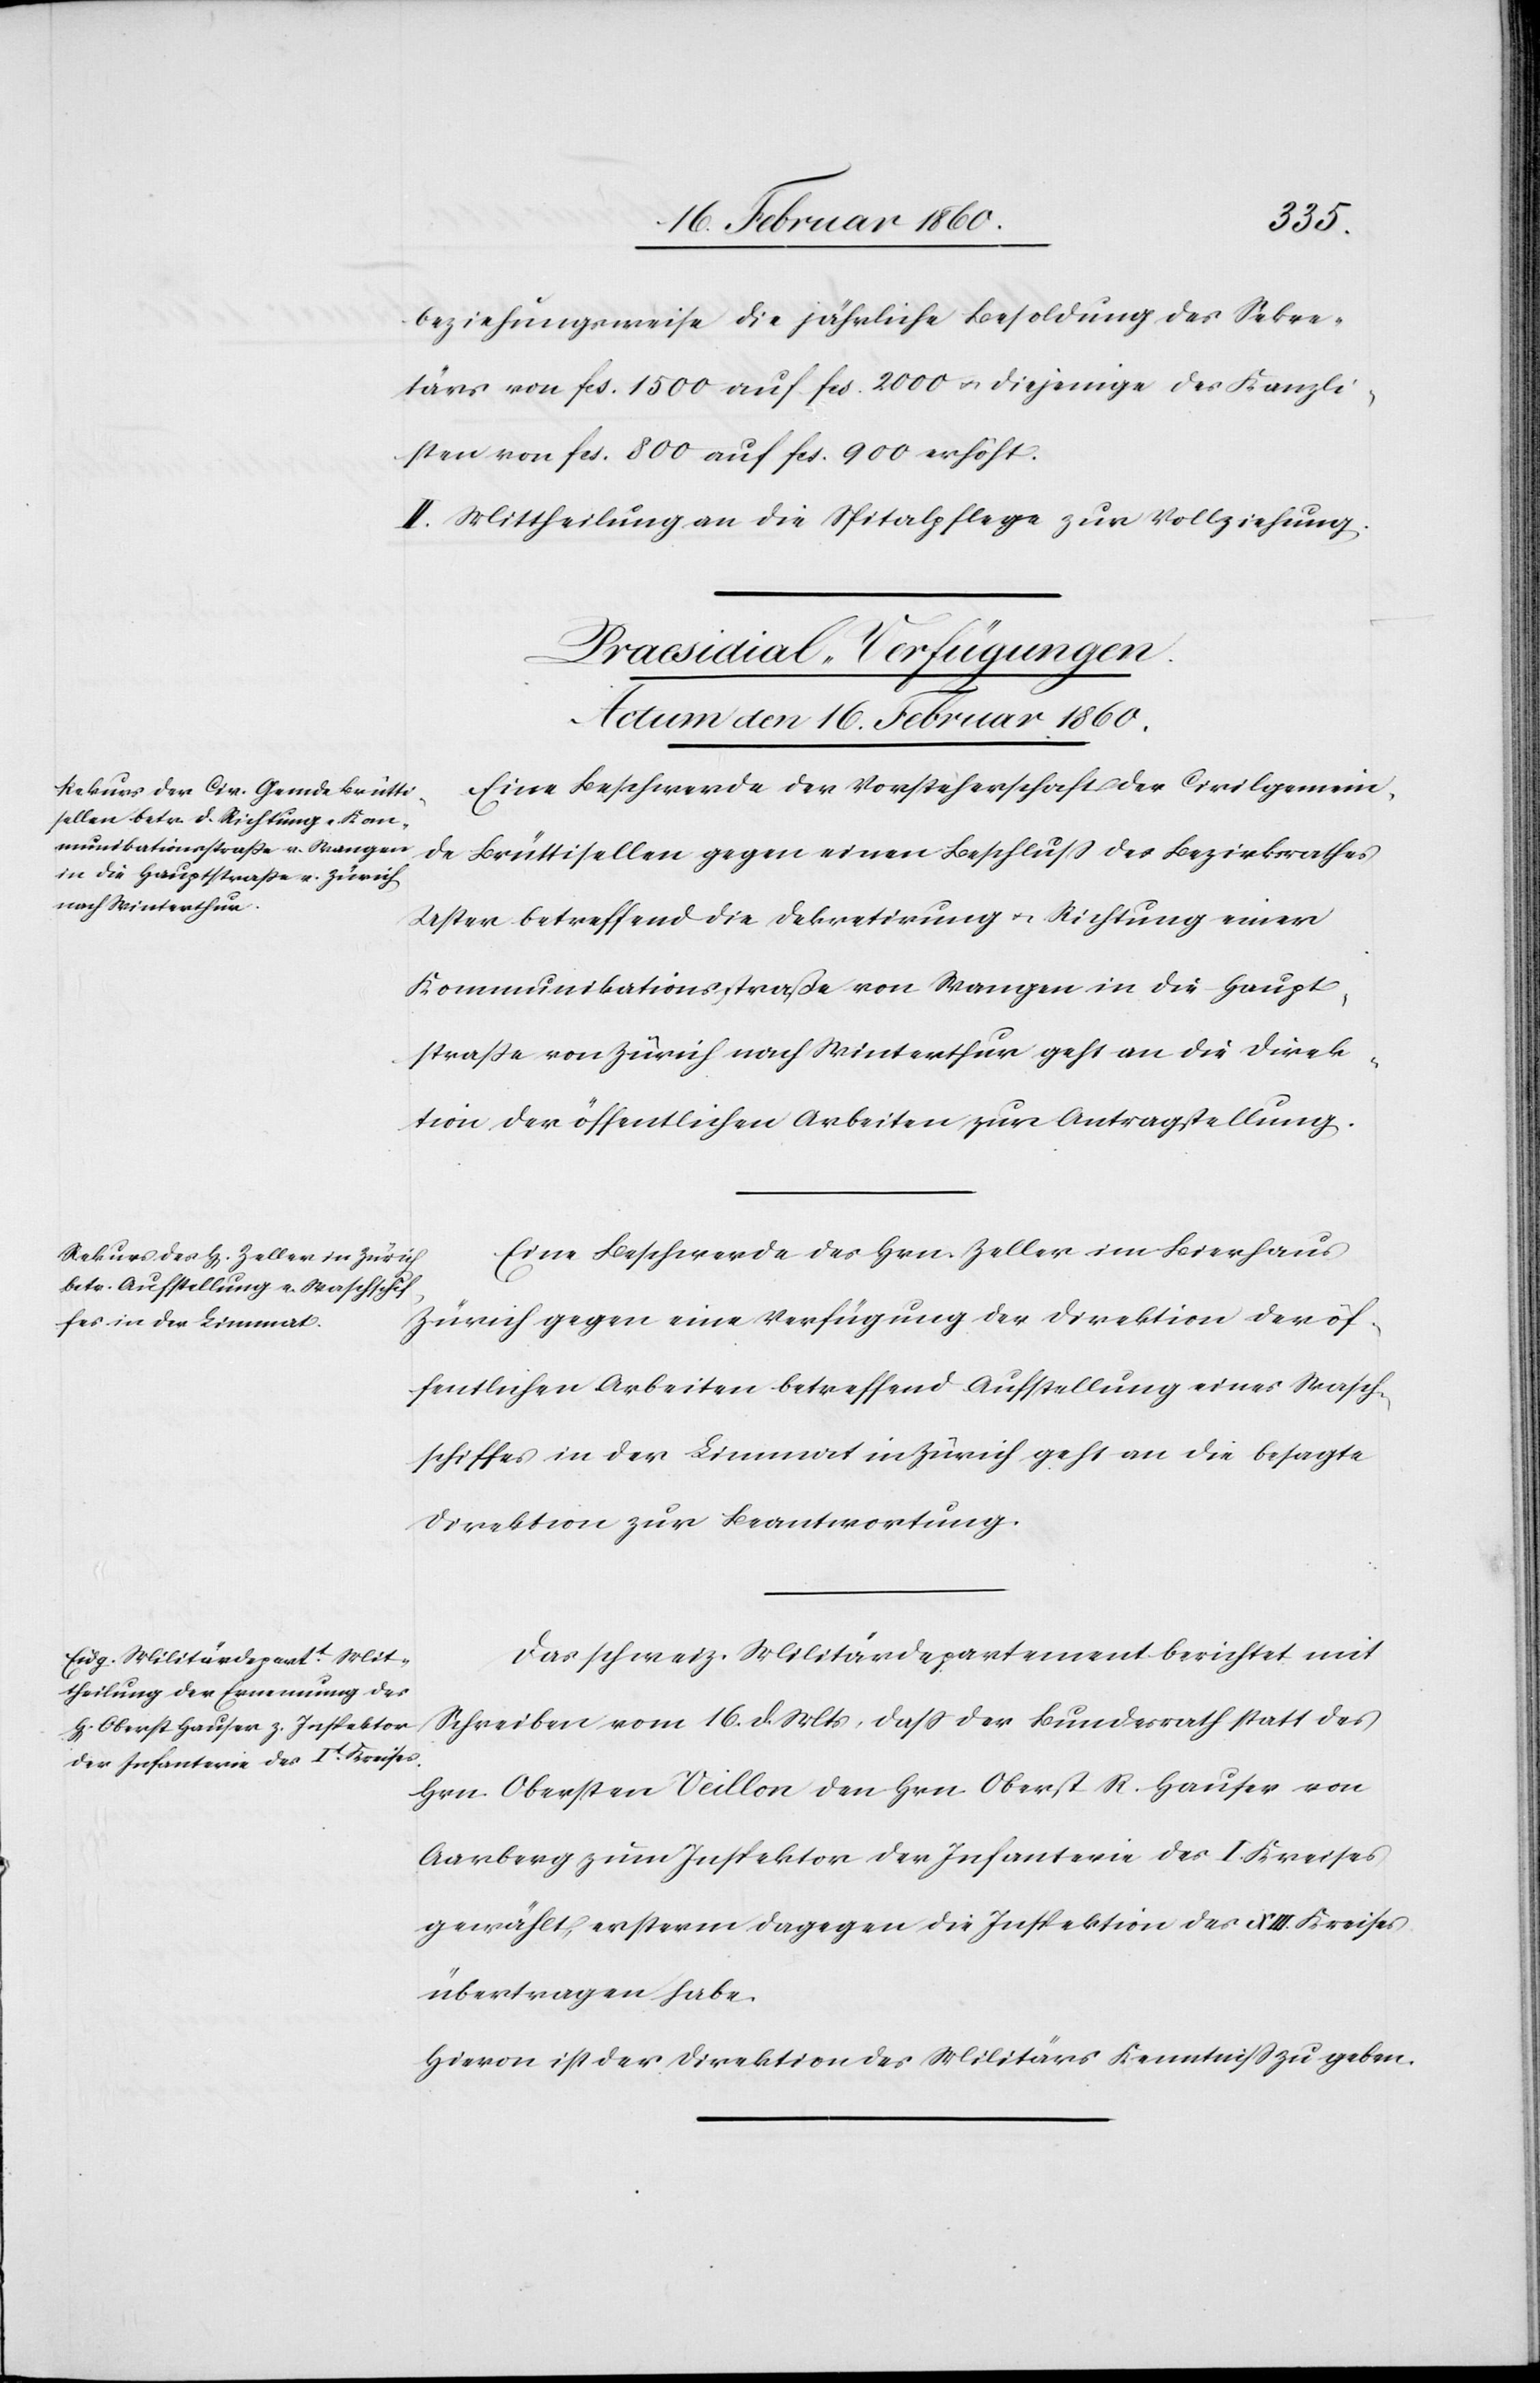
beziehungsweise die jährliche Besoldung des Sekre¬
tärs von fcs. 1500 auf fcs. 2000 u. diejenige des Kanzli¬
sten von fcs. 800 auf fcs. 900 erhöht.
[Praesidial-Verfügungen.
Actum den 16. Februar 1860.]
Eine Beschwerde der Vorsteherschaft der Civilgemein¬
de Brüttisellen gegen einen Beschluß des Bezirksrathes
Uster betreffend die Dekretirung u. Richtung einer
Kommunikationsstrasse von Wangen in die Haupt¬
strasse von Zürich nach Winterthur geht an die Direk¬
tion der öffentlichen Arbeiten zur Antragstellung.
Eine Beschwerde des Hrn. Zeller im Bierhaus
Zürich gegen eine Verfügung der Direktion der öf¬
fentlichen Arbeiten betreffend Aufstellung eines Wasch¬
schiffes in der Limmat in Zürich geht an die besagte
Direktion zur Beantwortung.
Das schweiz. Militärdepartement berichtet mit
Schreiben vom 16. d. Mts. dass der Bundesrath statt des
Hrn. Obersten Veillon den Hrn. Oberst R. Hauser von
Aarberg zum Inspektor der Infanterie des I. Kreises
gewählt, ersterm dagegen die Inspektion des XII. Kreises
übertragen habe.
Hievon ist der Direktion des Militärs Kenntniß zu geben.